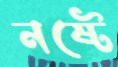
নষ্টে